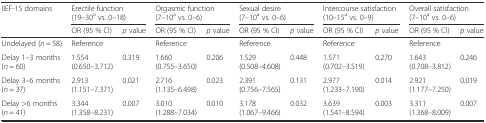
| <ROWSPAN=2> IIEF-15 domains | <COLSPAN=2> Erectile function (19–30a vs. 0–18) | <COLSPAN=2> Orgasmic function (7–10a vs. 0–6) | <COLSPAN=2> Sexual desire (7–10a vs. 0–6) | <COLSPAN=2> Intercourse satisfaction (10–15a vs. 0–9) | <COLSPAN=2> Overall satisfaction (7–10a vs. 0–6) |
 | OR (95 % CI) | p value | OR (95 % CI) | p value | OR (95 % CI) | p value | OR (95 % CI) | p value | OR (95 % CI) | p value |
 | --- | --- | --- | --- | --- | --- | --- | --- | --- | --- | --- |
 | Undelayed (n = 58) | Reference |  | Reference |  | Reference |  | Reference |  | Reference |  |
 | Delay 1–3 months (n = 60) | 1.554 (0.650–3.712) | 0.319 | 1.660 (0.755–3.650) | 0.206 | 1.529 (0.508–4.608) | 0.448 | 1.571 (0.702–3.519) | 0.270 | 1.643 (0.708–3.812) | 0.246 |
 | Delay 3–6 months (n = 37) | 2.913 (1.151–7.371) | 0.021 | 2.716 (1.135–6.498) | 0.023 | 2.391 (0.756–7.565) | 0.131 | 2.977 (1.233–7.190) | 0.014 | 2.921 (1.177–7.250) | 0.019 |
 | Delay >6 months (n = 41) | 3.344 (1.358–8.231) | 0.007 | 3.010 (1.288–7.034) | 0.010 | 3.178 (1.067–9.466) | 0.032 | 3.639 (1.541–8.594) | 0.003 | 3.311 (1.368–8.009) | 0.007 |